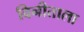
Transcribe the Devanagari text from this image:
विनीताला